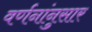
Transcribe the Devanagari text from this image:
वर्णनांनुसार